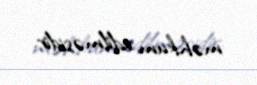
məhkum edilməsidir.